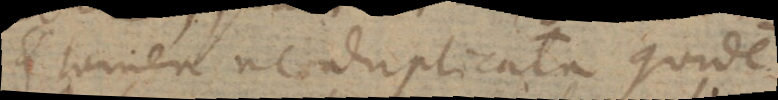
et tamen ne duplicata quidem